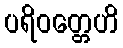
ပရိဝတ္တေဟိ